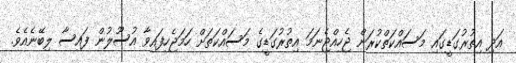
އަދި އިތުރުގަޑީގައި މަސައްކަތްކުރަން ޖެހިއްޖެނަމަ އިތުރުގަޑީގެ މަސައްކަތަށް ހަމަޖެހިފައިވާ އުސޫލުން ފައިސާ ލިބޭނެއެވެ.